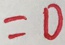
= 0